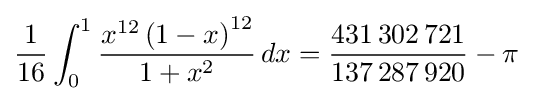
{\frac {1}{16}}\int _{0}^{1}{\frac {x^{12}\left(1-x\right)^{12}}{1+x^{2}}}\,dx={\frac {431\,302\,721}{137\,287\,920}}-\pi